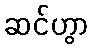
ဆင်ဟွာ